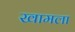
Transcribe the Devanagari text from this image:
खामला